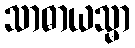
သာဓာယသ္မာ